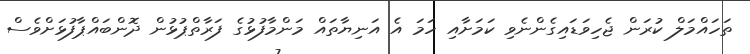
ތަހައްމަލް ކުރަން ޖެހިވަޑައިގެންނެވި ކަމަށާއި ހަމަ އެ އަނިޔާތައް މަންމާފުޅުގެ ފަރާތްޕުޅުން ދޮންބައްޕާފުޅަށްވެސް